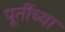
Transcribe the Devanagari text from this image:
पूर्तीच्या